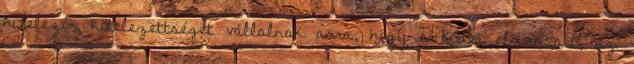
hitelezők kötelezettséget vállalnak arra, hogy a Kódex előírásait, az